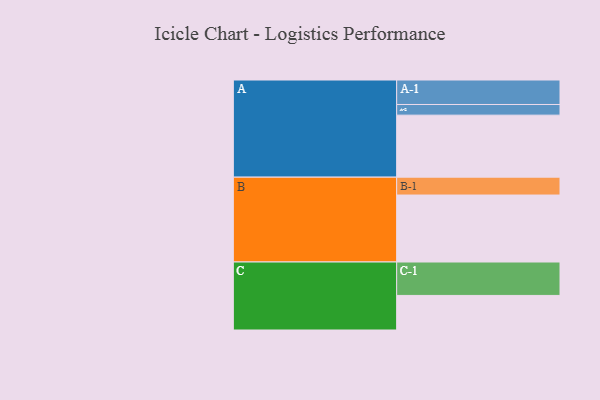
{"axis": {"x": "Segment", "y": "Value"}, "legend": ["", "A", "B", "C"], "data": [{"x": "A", "y": 542, "type": ""}, {"x": "B", "y": 585, "type": ""}, {"x": "C", "y": 302, "type": ""}, {"x": "A-1", "y": 214, "type": "A"}, {"x": "A-2", "y": 93, "type": "A"}, {"x": "B-1", "y": 156, "type": "B"}, {"x": "C-1", "y": 292, "type": "C"}]}